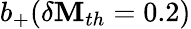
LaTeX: b_{+}(\delta\mathbf{M}_{th}=0.2)